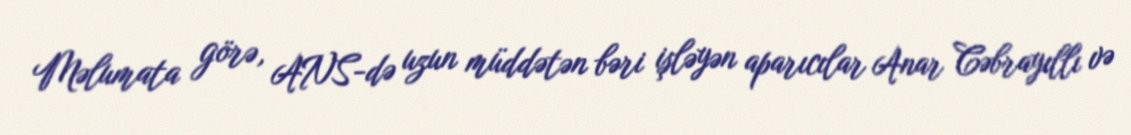
Məlumata görə, ANS-də uzun müddətən bəri işləyən aparıcılar Anar Cəbrayıllı və